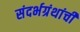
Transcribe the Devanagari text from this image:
संदर्भग्रंथांची